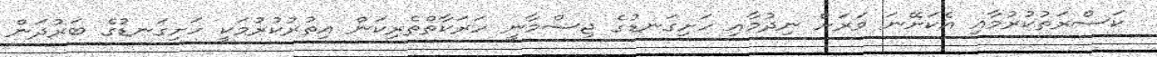
ކަސްރަތުކުރުމާއި އެކަށޭނަ ވަރަށް ނިދުމާއި ހަށިގަނޑުގެ ޖިސްމާނީ ހަރަކާތްތެރިކަން އިތުރުކުރުމަކީ ހަށިގަނޑުގެ ބަރުދަން